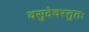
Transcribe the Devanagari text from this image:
वसुदेवस्तुतः